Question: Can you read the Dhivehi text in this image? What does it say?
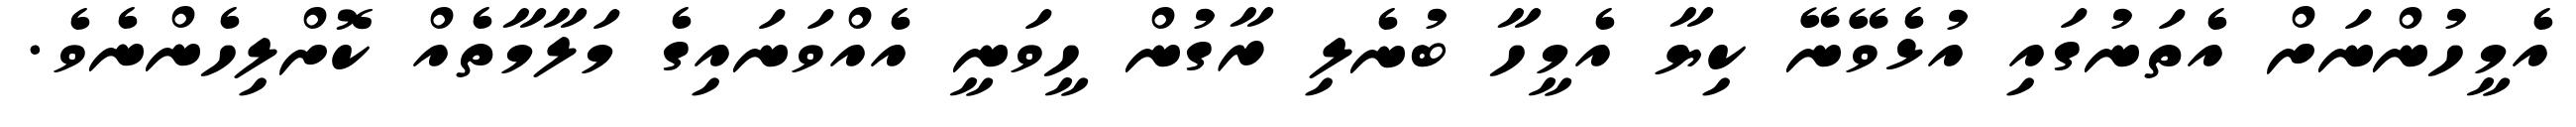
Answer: އެމީހުންނަށް އެތަނުގައި އުޅެވޭނޭ ކިޔާ އެމީހާ ބުނެލި ރާގުން ހީވަނީ އެއްވަނައިގެ މަލާމާތެއް ކޮށްލިހެންނެވެ.